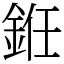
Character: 銋